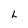
Character: L